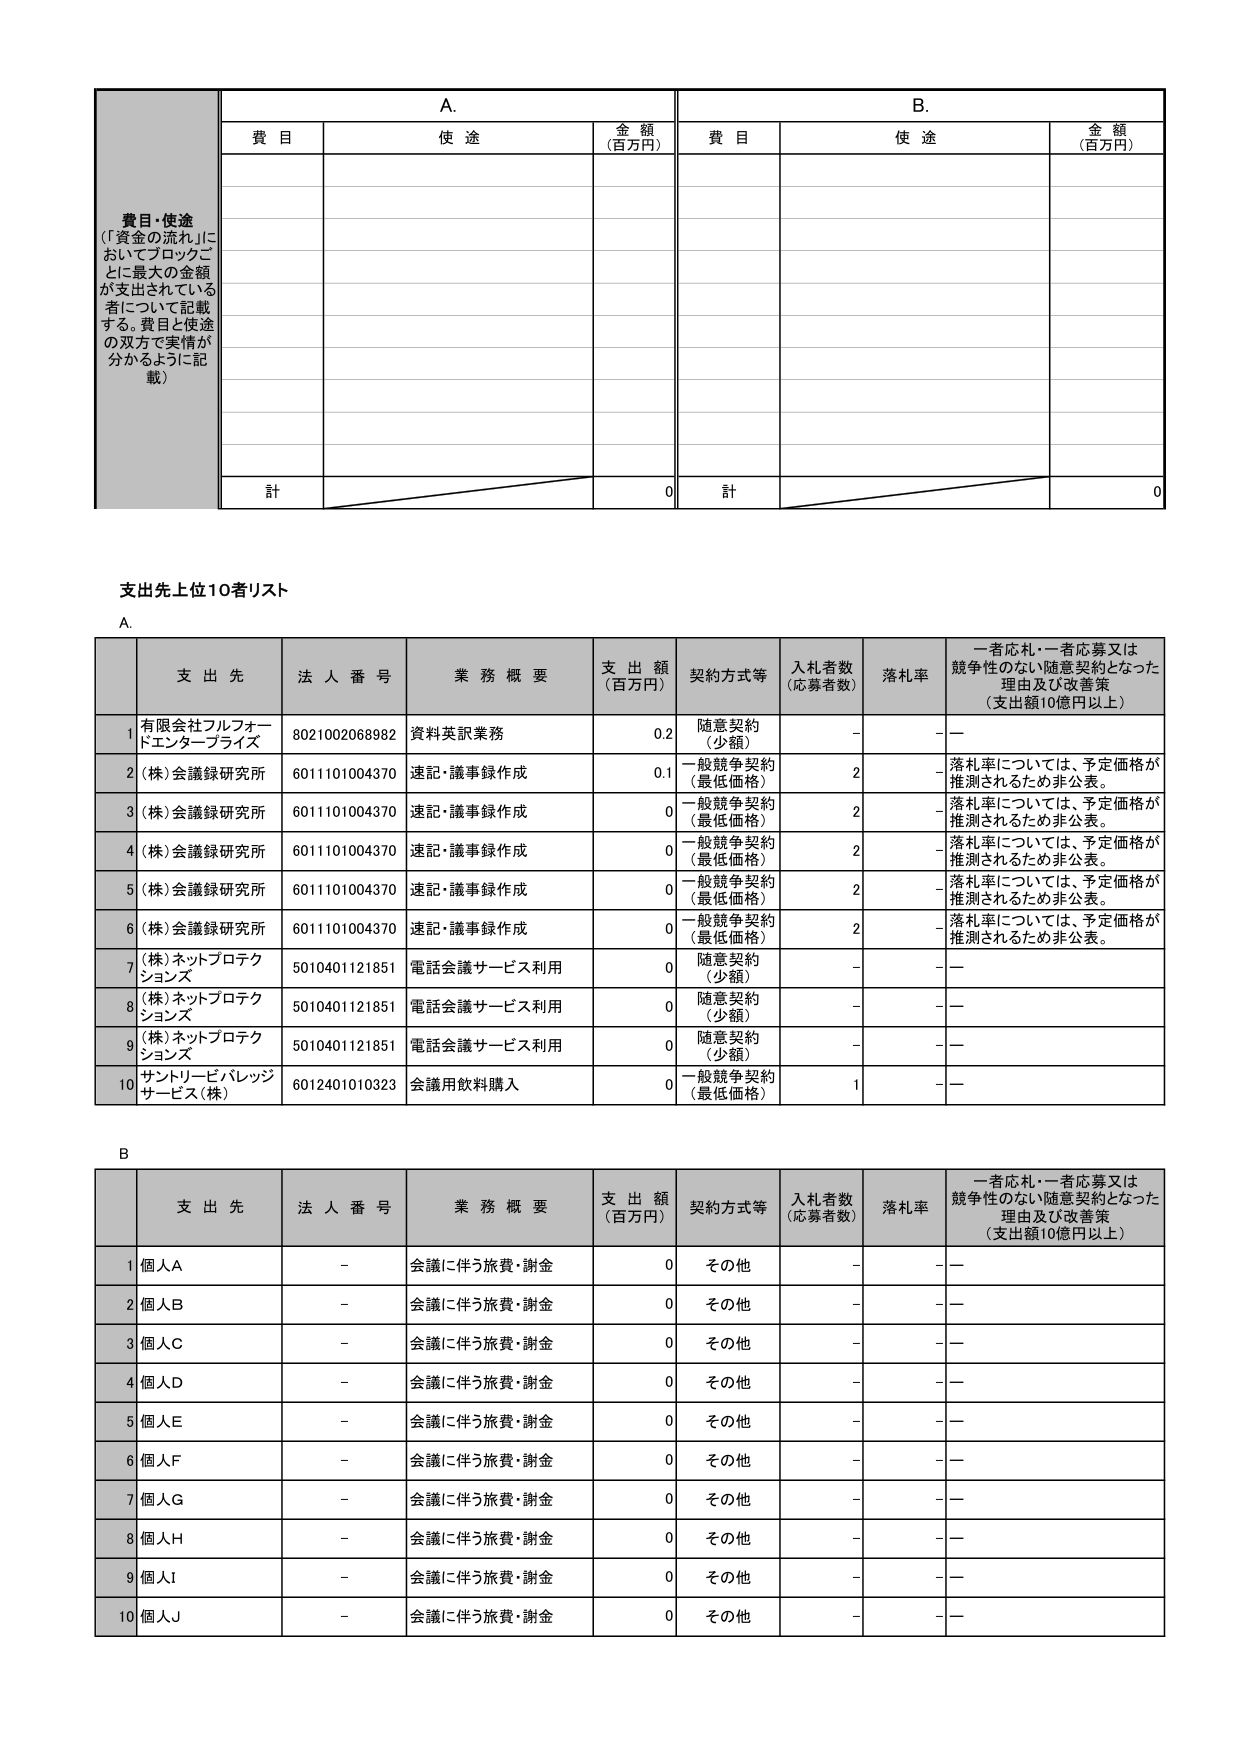
費目・使途
（「資金の流れ」に
おいてブロックご
とに最大の金額
が支出されている
者について記載
する。費目と使途
の双方で実情が
分かるように記
載）

A.
費目　　使途　　金額（百万円）